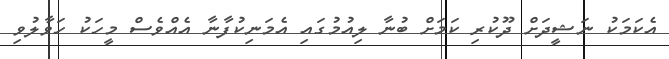
އެކަމަކު ނަޝީދަށް ދޫކުރި ކަމަށް ބުނާ ލިއުމުގައި އެމަނިކުފާނާ އެއްވެސް މީހަކު ހަވާލުވި